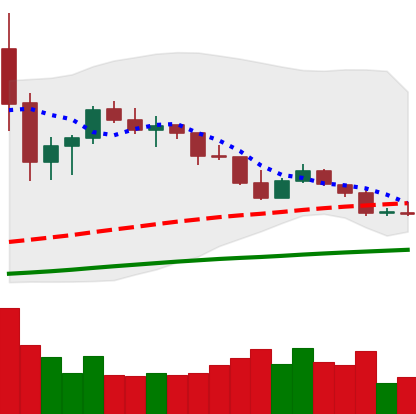
Ticker: TRX-USD
Chart end date: 2020-09-23
Forward return: 5.833%
Label: up_5_7